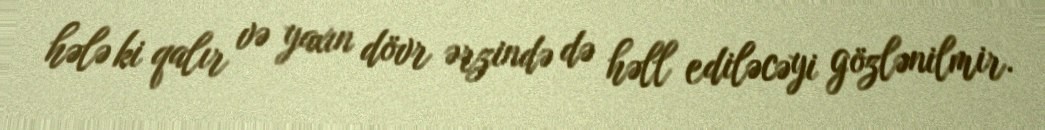
hələ ki qalır və yaxın dövr ərzində də həll ediləcəyi gözlənilmir.